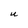
Character: U